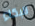
للبكاء